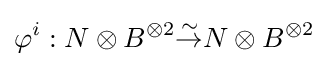
\varphi ^{i}:N\otimes B^{\otimes 2}{\overset {\sim }{\to }}N\otimes B^{\otimes 2}